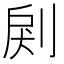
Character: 𠜺